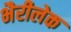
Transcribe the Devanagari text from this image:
भैरीलेक